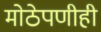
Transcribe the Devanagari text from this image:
मोठेपणीही